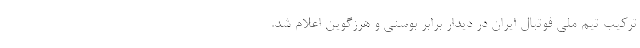
ترکیب تیم ملی فوتبال ایران در دیدار برابر بوسنی و هرزگوین اعلام شد.